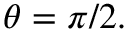
\theta = \pi / 2 .